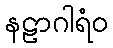
နဠာဂါရံဝ